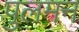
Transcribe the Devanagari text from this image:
पुलमन